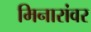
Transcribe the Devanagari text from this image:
मिनारांवर